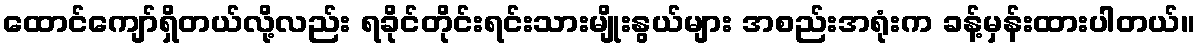
ထောင်ကျော်ရှိတယ်လို့လည်း ရခိုင်တိုင်းရင်းသားမျိုးနွယ်များ အစည်းအရုံးက ခန့်မှန်းထားပါတယ်။